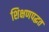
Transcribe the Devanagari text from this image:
शिक्षणपद्धत